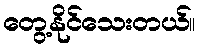
တွေ့နိုင်သေးတယ်။